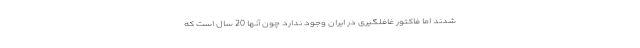
شدند اما فاکتور غافلگیری در ایران وجود ندارد چون آنها 20 سال است که